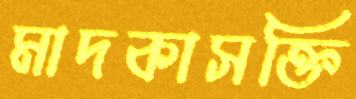
মাদকাসক্তি